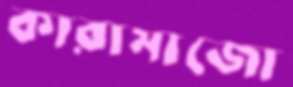
কারামাজো